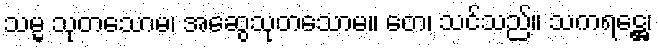
သမ္မ သုတသောမ၊ အဆွေသုတသောမ။ တေ၊ သင်သည်။ သကရဋ္ဌေ၊